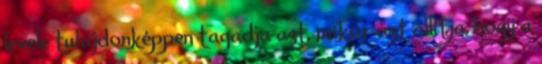
levele tulajdonképpen tagadja azt, mikor azt állítja, hogy a